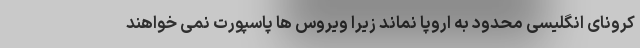
کرونای انگلیسی محدود به اروپا نماند زیرا ویروس ها پاسپورت نمی خواهند